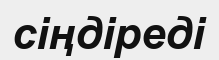
сіңдіреді